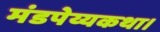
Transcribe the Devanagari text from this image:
मंडपेय्यकथा।